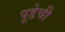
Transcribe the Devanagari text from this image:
पूडेची